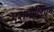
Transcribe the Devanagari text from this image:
एशमोलियन